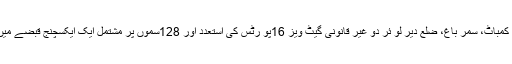
دوسرا چھاپہ کمباٹ، سمر باغ، ضلع دیر لو ئر دو غیر قانونی گیٹ ویز 16پو رٹس کی استعدد اور 128سموں پر مشتمل ایک ایکسچنج قبضے میں لے لی گئی۔